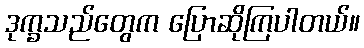
ဒုက္ခသည်တွေက ပြောဆိုကြပါတယ်။